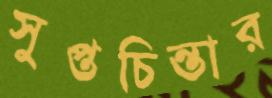
সুপ্তচিন্তার